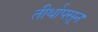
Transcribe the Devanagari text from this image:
तीर्थापसून